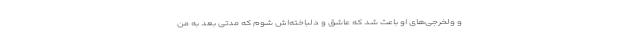
و ولخرجی‌های او باعث شد که عاشق و دلباخته‌اش شوم که مدتی بعد به من